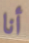
أنا